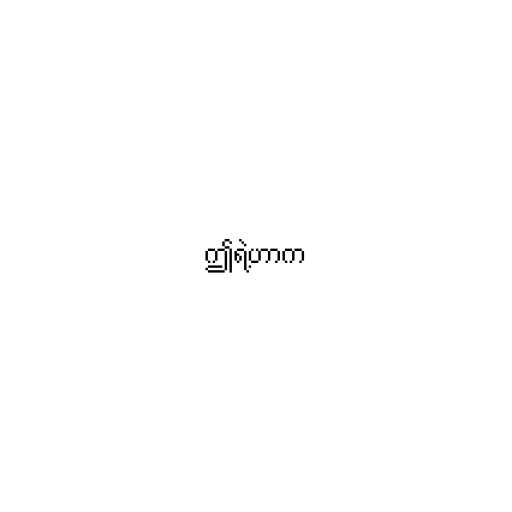
ဤရဲ့ဟာက